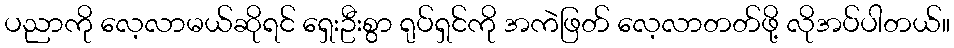
ပညာကို လေ့လာမယ်ဆိုရင် ရှေးဦးစွာ ရုပ်ရှင်ကို အကဲဖြတ် လေ့လာတတ်ဖို့ လိုအပ်ပါတယ်။